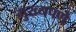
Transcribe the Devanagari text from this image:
मुख्यपणे